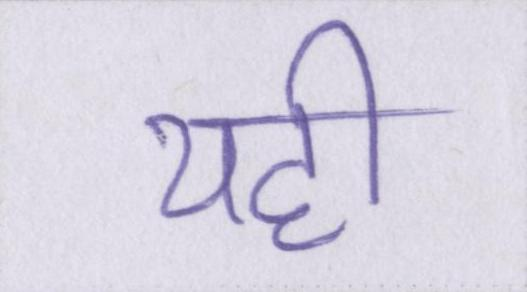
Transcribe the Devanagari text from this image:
यही